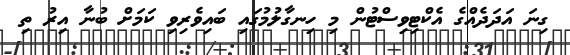
ގިނަ އަދަދެއްގެ އެކްޓިވިސްޓުން މި ހިނގާލުމުގައި ބައިވެރިވި ކަމަށް ބުނާ އިރު ތި